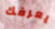
يعرفك